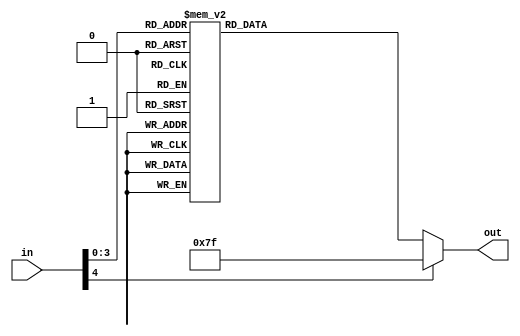
module bcd_7seg(input [4:0] in,
                output reg[6:0]out
					 );
always @(in)
begin
case (in)
                          4'd0:out<=7'b0000001;
                          4'd1:out<=7'b1001111;
                          4'd2:out<=7'b0010010;
                          4'd3:out<=7'b0000110;
                          4'd4:out<=7'b1001100;
                          4'd5:out<=7'b0100100;
                          4'd6:out<=7'b0100000;
                          4'd7:out<=7'b0001111;
                          4'd8:out<=7'b0000000;
                          4'd9:out<=7'b0000100;
                    
                          default: out <= 7'b1111111;
								  endcase
								  end
								  endmodule